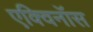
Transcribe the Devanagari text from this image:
एक्विनॉस